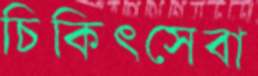
চিকিৎসেবা